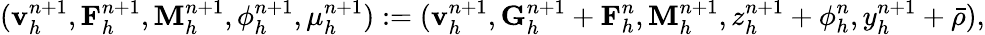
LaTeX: (\mathbf{v}_{h}^{n+1},\mathbf{F}_{h}^{n+1},\mathbf{M}_{h}^{n+1},\phi_{h}^{n+1},\mu_{h}^{n+1}):=(\mathbf{v}_{h}^{n+1},\mathbf{G}_{h}^{n+1}+\mathbf{F}_{h}^{n},\mathbf{M}_{h}^{n+1},z_{h}^{n+1}+\phi_{h}^{n},y_{h}^{n+1}+\bar{\rho}),